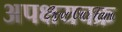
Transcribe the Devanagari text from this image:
अपक्षयचक्र